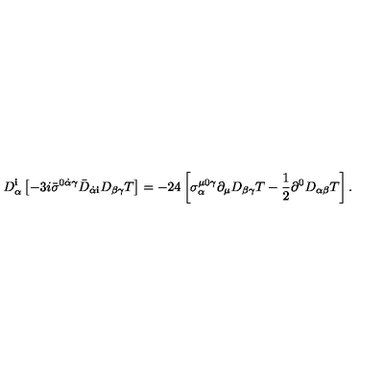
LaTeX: D _ { \alpha } ^ { \mathbf i } \left[ - 3 i { \bar { \sigma } } ^ { 0 \dot { \alpha } \gamma } { \bar { D } } _ { \dot { \alpha } { \mathbf i } } D _ { \beta \gamma } T \right] = - 2 4 \left[ \sigma _ { \alpha } ^ { \mu 0 \gamma } \partial _ { \mu } D _ { \beta \gamma } T - \frac { 1 } { 2 } \partial ^ { 0 } D _ { \alpha \beta } T \right] .